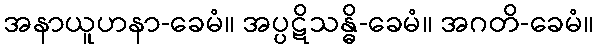
အနာယူဟနာ-ခေမံ။ အပ္ပဋိသန္ဓိ-ခေမံ။ အဂတိ-ခေမံ။